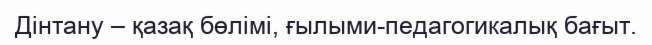
Дінтану – қазақ бөлімі, ғылыми-педагогикалық бағыт.